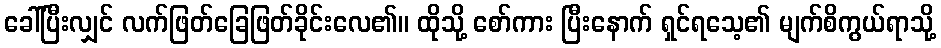
ခေါ်ပြီးလျှင် လက်ဖြတ်ခြေဖြတ်ခိုင်းလေ၏။ ထိုသို့ စော်ကား ပြီးနောက် ရှင်ရသေ့၏ မျက်စိကွယ်ရာသို့